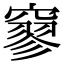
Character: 𥧯